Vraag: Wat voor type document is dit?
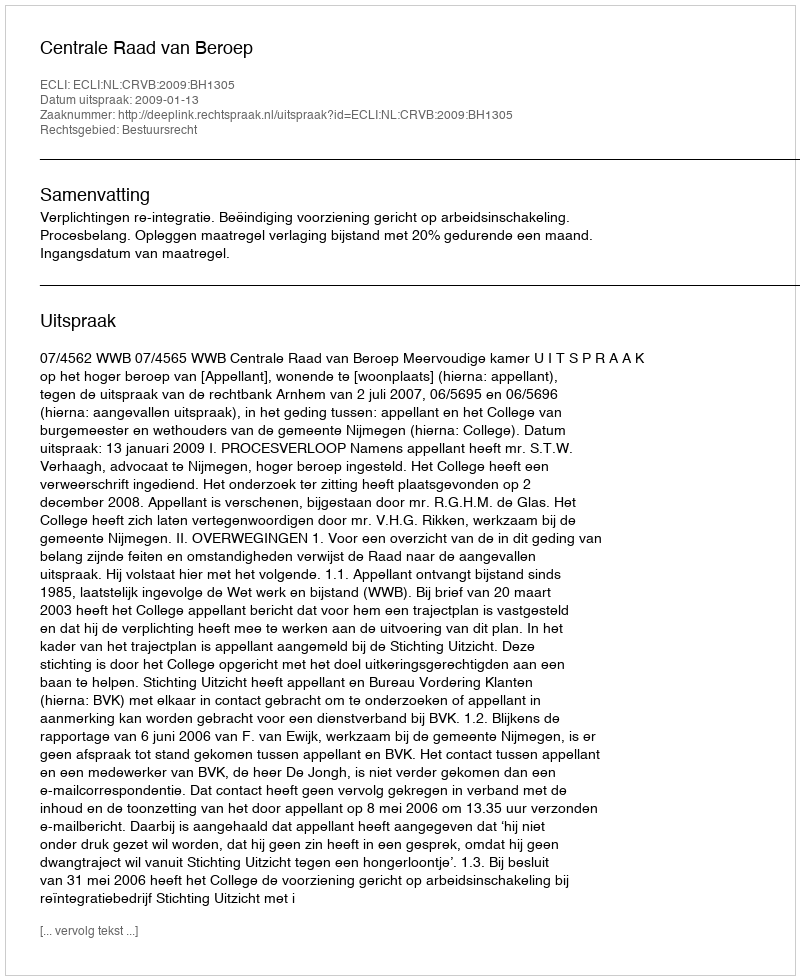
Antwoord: Uitspraak